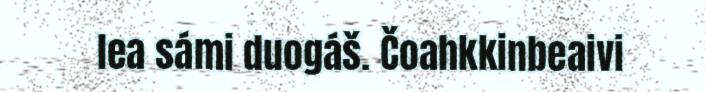
lea sámi duogáš. Čoahkkinbeaivi